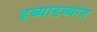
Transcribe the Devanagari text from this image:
डब्याडब्यांत